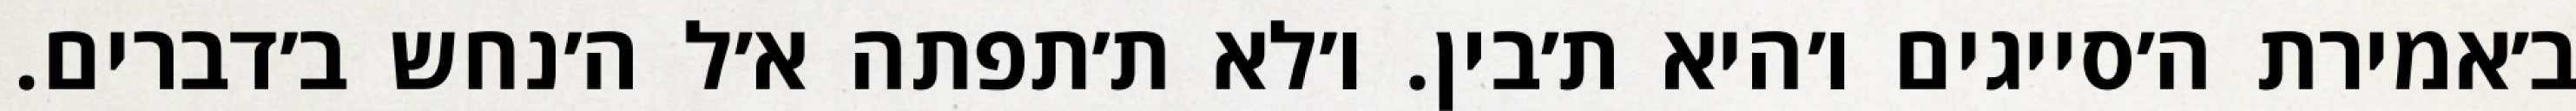
ב׳אמירת ה׳סייגים ו׳היא ת׳בין. ו׳לא ת׳תפתה א׳ל ה׳נחש ב׳דברים.